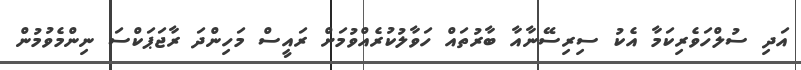
އަދި ސުލްހަވެރިކަމާ އެކު ސިރިސޭނާއާ ބާރުތައް ހަވާލުކުރެއްވުމަށް ރައީސް މަހިންދަ ރާޖަޕަކްސަ ނިންމެވުމުން